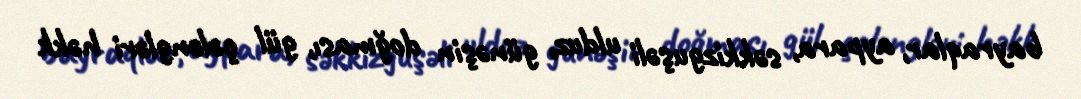
bayraqlar, aypara, səkkizguşəli ulduz, günəşin doğması, gül çələngləri həkk